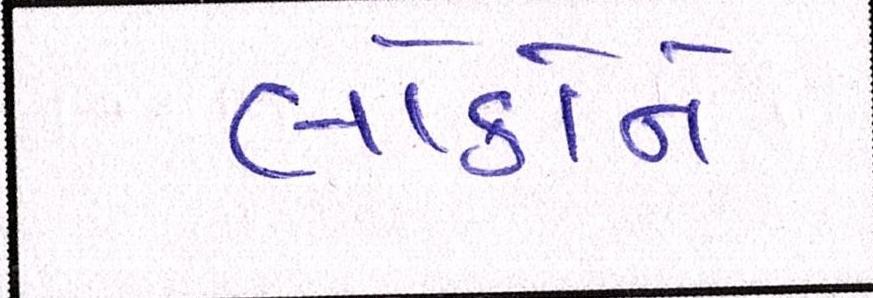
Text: લોકોને